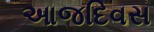
આજદિવસ